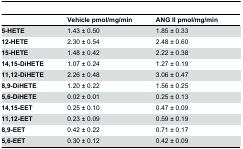
<table><thead><tr><td></td><td><b>Vehicle pmol/mg/min</b></td><td><b>ANG II pmol/mg/min</b></td></tr></thead><tbody><tr><td><b>5-HETE</b></td><td>1.43 ± 0.50</td><td>1.85 ± 0.33</td></tr><tr><td><b>12-HETE</b></td><td>2.30 ± 0.54</td><td>2.48 ± 0.60</td></tr><tr><td><b>15-HETE</b></td><td>1.48 ± 0.42</td><td>2.22 ± 0.38</td></tr><tr><td><b>14,15-DiHETE</b></td><td>1.07 ± 0.24</td><td>1.27 ± 0.19</td></tr><tr><td><b>11,12-DiHETE</b></td><td>2.26 ± 0.48</td><td>3.06 ± 0.47</td></tr><tr><td><b>8,9-DiHETE</b></td><td>1.20 ± 0.22</td><td>1.56 ± 0.25</td></tr><tr><td><b>5,6-DiHETE</b></td><td>0.02 ± 0.01</td><td>0.25 ± 0.13</td></tr><tr><td><b>14,15-EET</b></td><td>0.25 ± 0.10</td><td>0.47 ± 0.09</td></tr><tr><td><b>11,12-EET</b></td><td>0.23 ± 0.09</td><td>0.59 ± 0.19</td></tr><tr><td><b>8,9-EET</b></td><td>0.42 ± 0.22</td><td>0.71 ± 0.17</td></tr><tr><td><b>5,6-EET</b></td><td>0.30 ± 0.12</td><td>0.42 ± 0.09</td></tr></tbody></table>